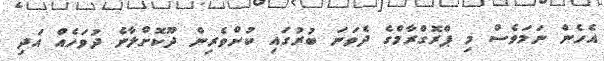
އެހެން ނަމަވެސް މި ޕްރޮގްރާމްގެ ދެވަނަ ބުރުގައި ކުށްވެރިން ދޫކޮށްލާނެ ދުވަހެއް އަދި